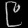
Digit: ၉